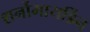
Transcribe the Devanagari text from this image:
शर्नोमायर्डिन